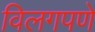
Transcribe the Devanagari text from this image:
विलगपणे